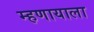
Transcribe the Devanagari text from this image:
म्हणायाला